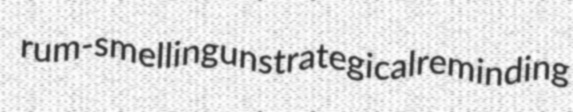
rum-smelling unstrategical reminding